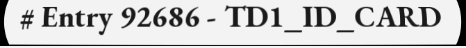
# Entry 92686 - TD1_ID_CARD